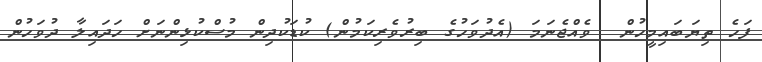
ފަހެ ތިޔަބައިމީހުން  ވެއްޖެނަމަ (އެދުވަހުގެ ބިރުވެރިކަމުން) ކުޑަކުދިން މުސްކުޅިންނަށް ހަދައިލާ ދުވަހުން